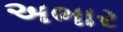
અભાર